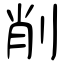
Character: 削